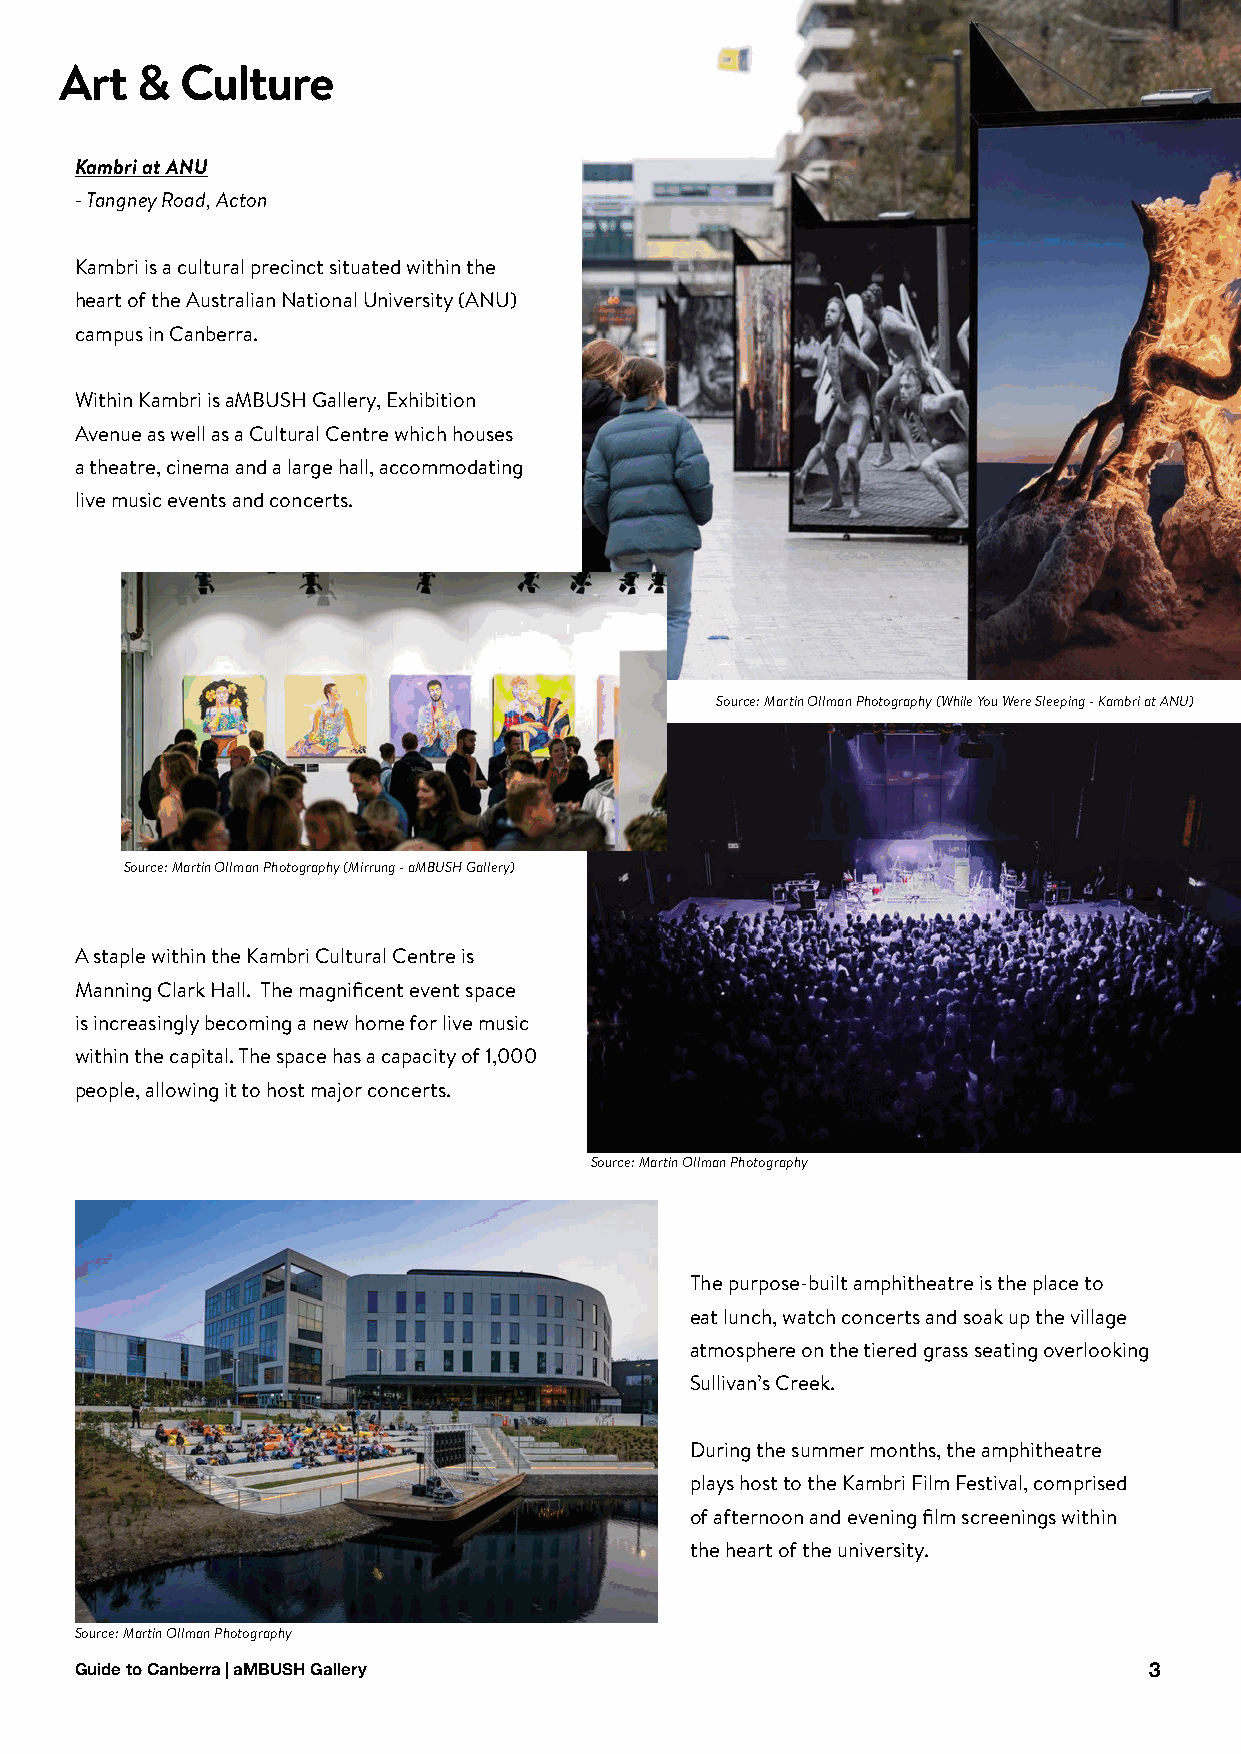
Art  &  Culture
 Kambri at ANU
 - Tangney Road, Acton
 Kambri is a cultural precinct situated within the
 heart of the Australian National University (ANU)
 campus in Canberra.
 Within Kambri is aMBUSH Gallery, Exhibition
 Avenue as well as a Cultural Centre which houses
 a theatre, cinema and a large hall, accommodating
 live music events and concerts.
 Source: Martin Ollman Photography (While You Were Sleeping - Kambri at ANU)
 Source: Martin Ollman Photography (Mirrung - aMBUSH Gallery)
 A staple within the Kambri Cultural Centre is
 Manning Clark Hall. The magnificent event space
 is increasingly becoming a new home for live music
 within the capital. The space has a capacity of 1,000
 people, allowing it to host major concerts.
 Source: Martin Ollman Photography
 The purpose-built amphitheatre is the place to
 eat lunch, watch concerts and soak up the village
 atmosphere on the tiered grass seating overlooking
 Sullivan’s Creek.
 During the summer months, the amphitheatre
 plays host to the Kambri Film Festival, comprised
 of afternoon and evening film screenings within
 the heart of the university.
 Source: Martin Ollman Photography
 Guide to Canberra | aMBUSH Gallery                                     3